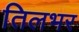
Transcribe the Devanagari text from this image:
तिलभर